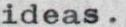
ideas.